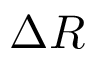
\Delta R